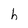
Character: h